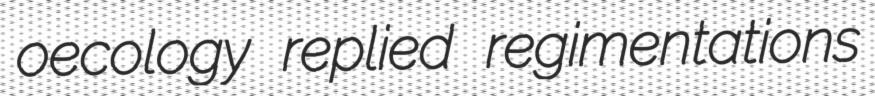
oecology replied regimentations